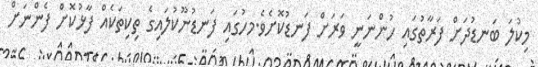
މިކުލަ ބަނޑުދަށް ފަރާތުގައި ހުންނަނީ ވަރަށް ފަނޑުކޮށެވެ.މހުގައި ފަނޑުނޫކުލައިގެ ތިކިތަކެއް ފާޅުކޮށް ފެންނަށް